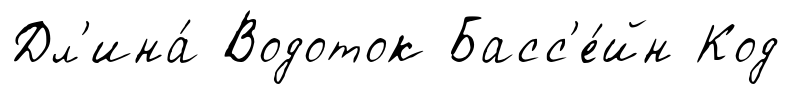
Дл'ина́ Водоток Басс'е́йн Код